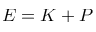
E = K + P